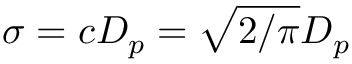
\sigma = c D _ { p } = \sqrt { 2 / \pi } D _ { p }